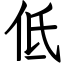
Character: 低